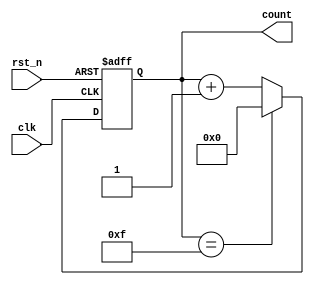
module Modulus_Counter (
    input clk,
    input rst_n,
    output reg [7:0] count
);

reg [7:0] max_value = 15; // Modulus 16 counter
reg [7:0] next_count;

always @(posedge clk or negedge rst_n) begin
    if (~rst_n) begin
        count <= 8'b0; // Initialize count value
    end else begin
        if (count == max_value) begin
            next_count = 8'b0;
        end else begin
            next_count = count + 1;
        end
        count <= next_count;
    end
end

endmodule